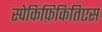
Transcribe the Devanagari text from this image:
स्पेकिफ़िकितिएस